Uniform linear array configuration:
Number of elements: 4
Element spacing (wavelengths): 0.75
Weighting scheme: uniform
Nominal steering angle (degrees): -30
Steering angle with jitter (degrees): -30.259
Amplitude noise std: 0.05
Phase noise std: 0.05

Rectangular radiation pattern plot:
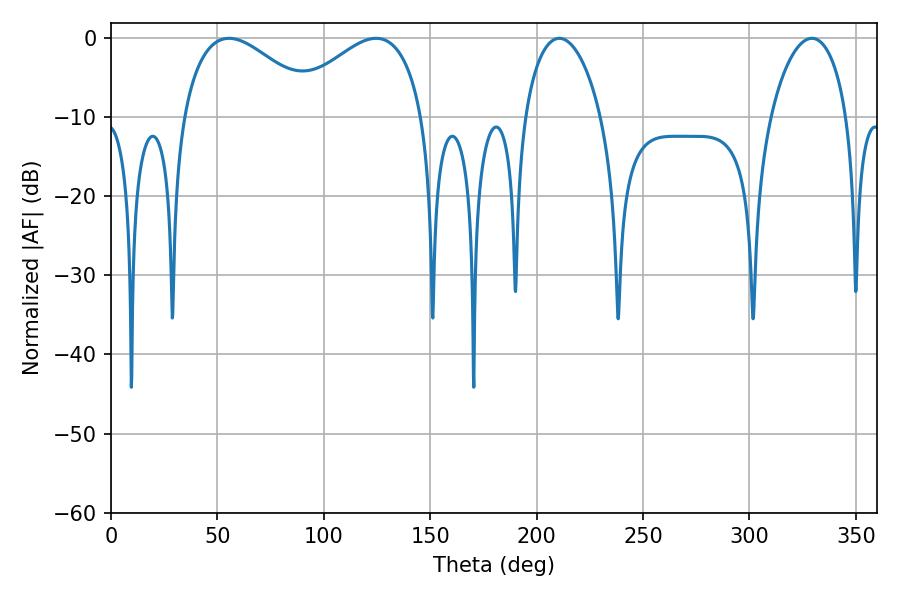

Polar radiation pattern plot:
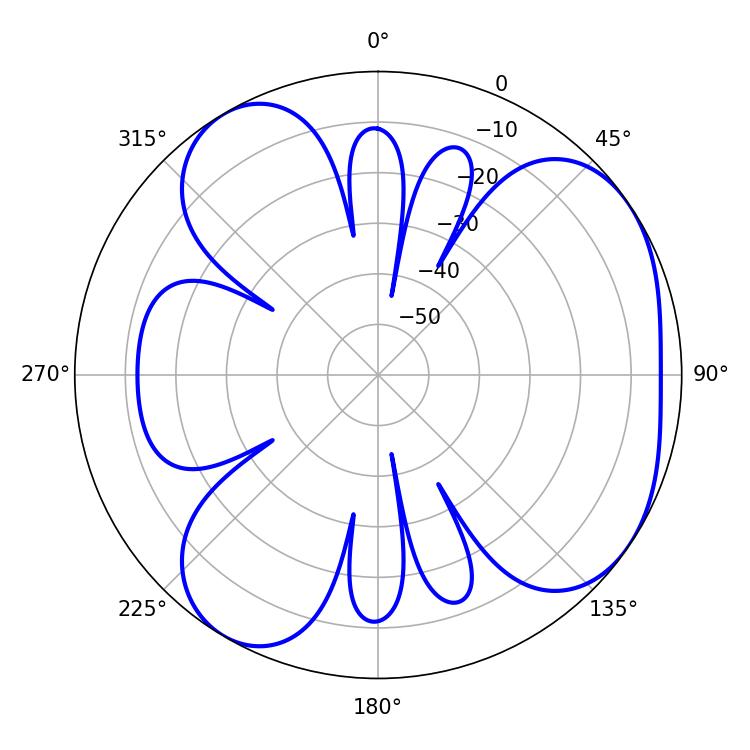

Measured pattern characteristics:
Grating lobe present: TRUE
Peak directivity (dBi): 4.938
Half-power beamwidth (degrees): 35.28
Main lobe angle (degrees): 55.44